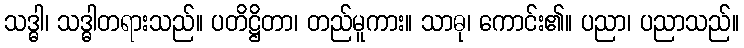
သဒ္ဓါ၊ သဒ္ဓါတရားသည်။ ပတိဋ္ဌိတာ၊ တည်မူကား။ သာဓု၊ ကောင်း၏။ ပညာ၊ ပညာသည်။